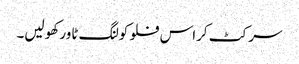
سرکٹ کراس فلو کولنگ ٹاور کھولیں۔